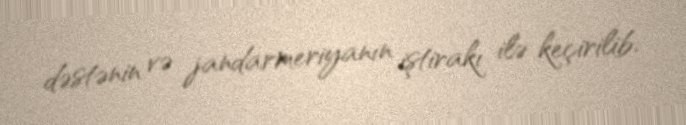
dəstənin və jandarmeriyanın iştirakı ilə keçirilib.